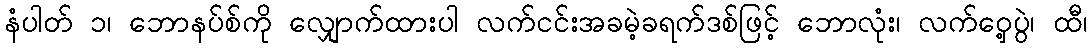
နံပါတ် ၁၊ ဘောနပ်စ်ကို လျှောက်ထားပါ လက်ငင်းအခမဲ့ခရက်ဒစ်ဖြင့် ဘောလုံး၊ လက်ဝှေ့ပွဲ၊ ထီ၊